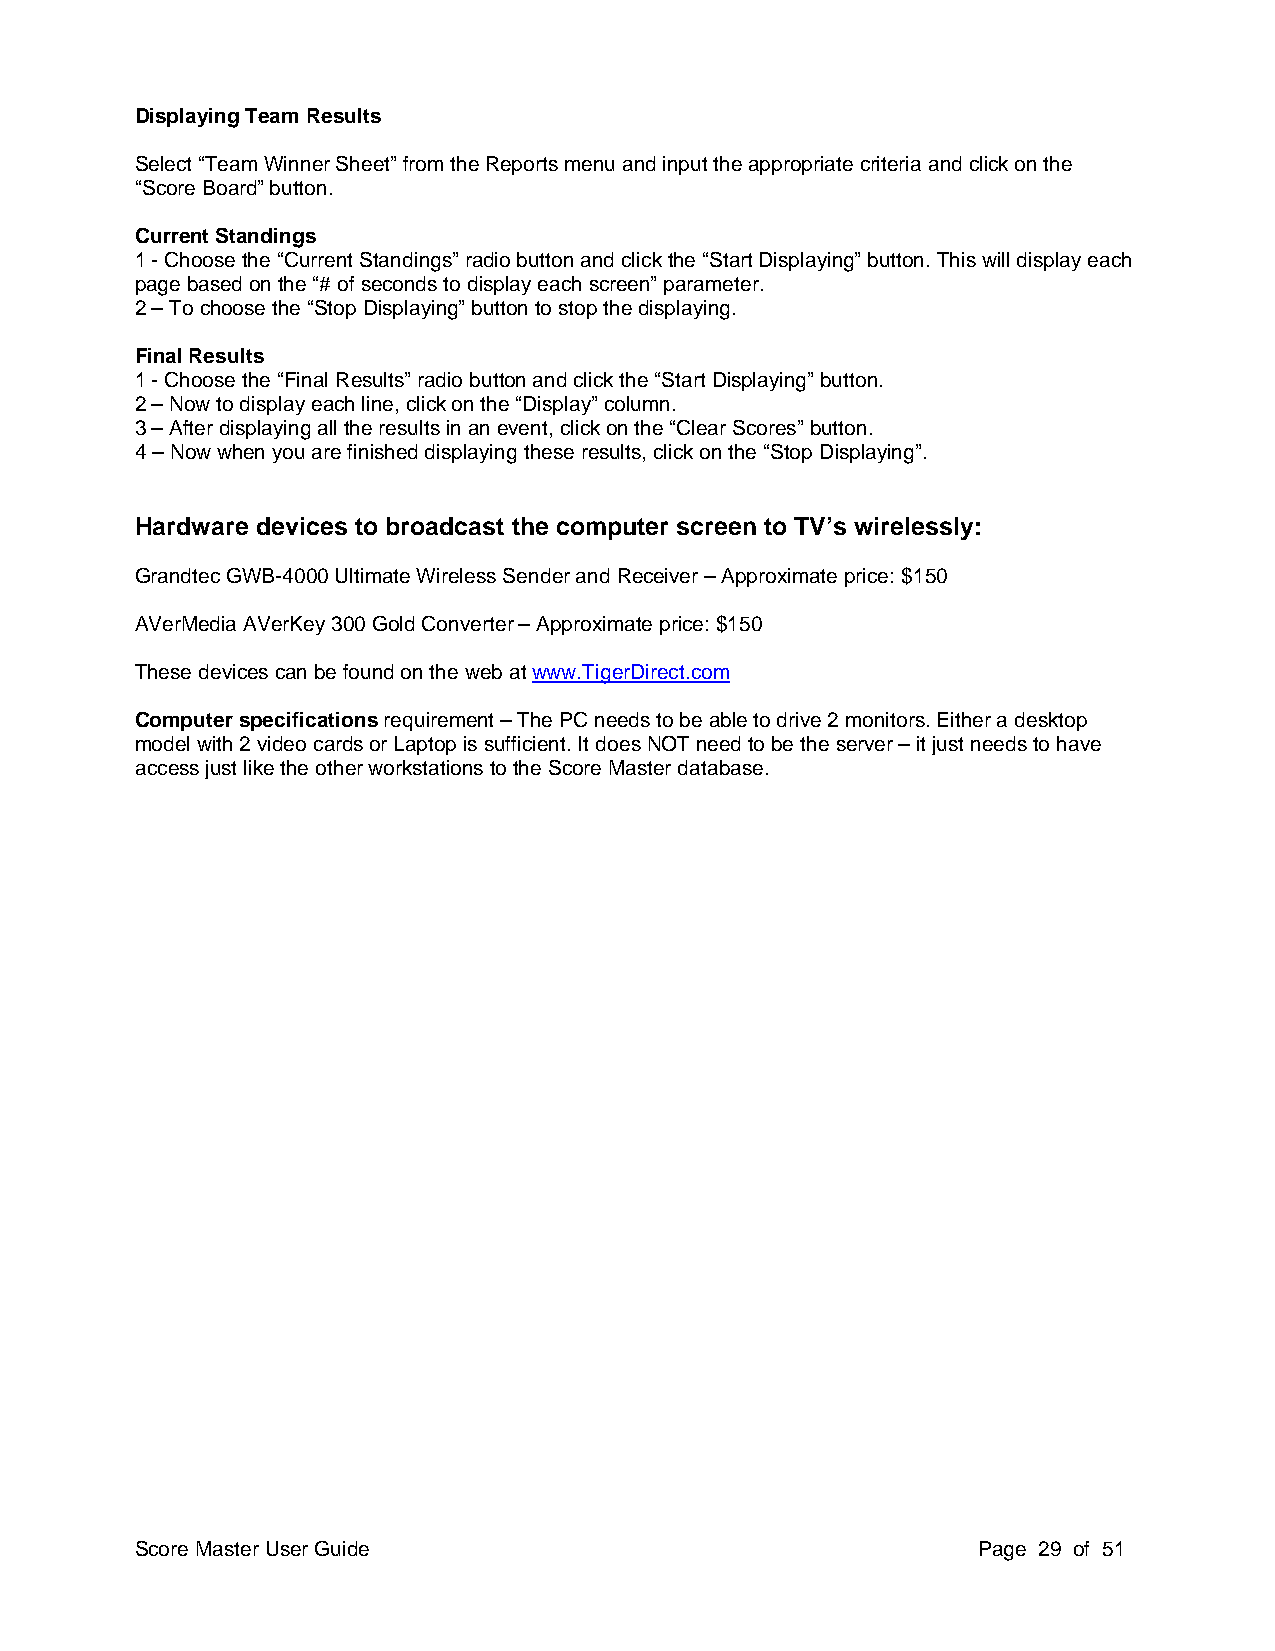
Displaying Team Results
 Select “Team Winner Sheet” from the Reports menu and input the appropriate criteria and click on the
 “Score Board” button.
 Current Standings
 1 - Choose the “Current Standings” radio button and click the “Start Displaying” button. This will display each
 page based on the “# of seconds to display each screen” parameter.
 2 – To choose the “Stop Displaying” button to stop the displaying.
 Final Results
 1 - Choose the “Final Results” radio button and click the “Start Displaying” button.
 2 – Now to display each line, click on the “Display” column.
 3 – After displaying all the results in an event, click on the “Clear Scores” button.
 4 – Now when you are finished displaying these results, click on the “Stop Displaying”.
 Hardware devices to broadcast the computer screen to TV’s wirelessly:
 Grandtec GWB-4000 Ultimate Wireless Sender and Receiver – Approximate price: $150
 AVerMedia AVerKey 300 Gold Converter – Approximate price: $150
 These devices can be found on the web at www.TigerDirect.com
 Computer specifications requirement – The PC needs to be able to drive 2 monitors. Either a desktop
 model with 2 video cards or Laptop is sufficient. It does NOT need to be the server – it just needs to have
 access just like the other workstations to the Score Master database.
 Score Master User Guide                                 Page 29 of 51